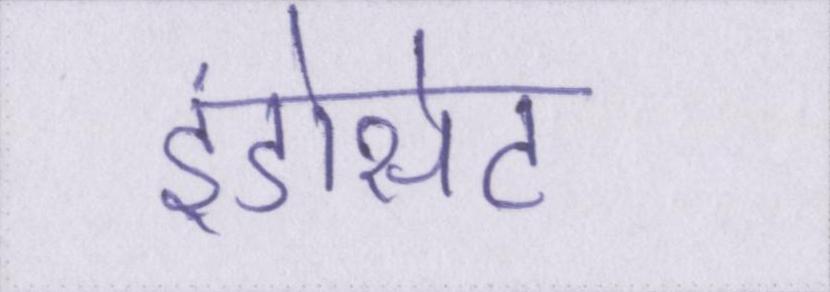
इंडोसेट